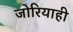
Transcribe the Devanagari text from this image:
जोरियाही